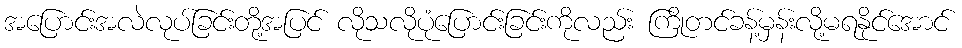
အပြောင်းအလဲလုပ်ခြင်းတို့အပြင် လိုသလိုပုံပြောင်းခြင်းကိုလည်း ကြိုတင်ခန့်မှန်းလို့မရနိုင်အောင်